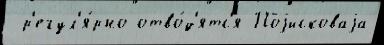
 р'егул'я́рно отво́д'ятс'я Поjисковаjа